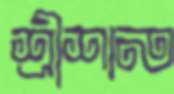
শ্রীশান্ত